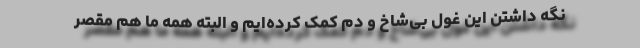
نگه داشتن این غول بی‌شاخ و دم کمک کرده‌ایم و البته همه ما هم مقصر